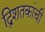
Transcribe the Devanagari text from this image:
द्विशतकांची